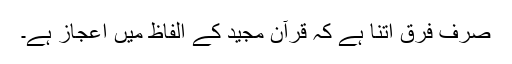
صرف فرق اتنا ہے کہ قرآن مجید کے الفاظ میں اعجاز ہے۔